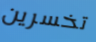
تخسرين